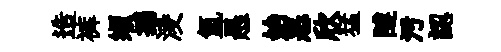
造裤缬撼淩氳愚始恶欣猛隧汚認